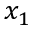
x _ { 1 }